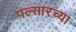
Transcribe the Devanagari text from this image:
पल्सारच्या